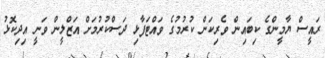
ރައީސް ޔާމީންގެ ކިބައިން ވެރިކަން ކުރުމުގެ ވައްޓަފާޅި ދަސްކުރުމަށް އަޒްލީން ވަނީ އިދިކޮޅު